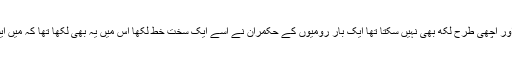
[ اس کا جسم اتنا سخت تھا کہ کوئی دانتوں سے اسے نہیں کاٹ سکتا تھا ] وہ زیادہ پڑھا لکھا نہیں تھا اور اچھی طرح لکھ بھی نہیں سکتا تھا ایک بار رومیوں کے حکمران نے اسے ایک سخت خط لکھا اس میں یہ بھی لکھا تھا کہ میں ایسی فوج تمھاری خلاف لاؤں گا جس کا اگلا حصہ تمھارے پاس اور پچھلا حصہ قسطنطنیہ میں ہوگا ۔